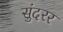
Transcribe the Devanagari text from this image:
सुंदरर